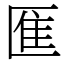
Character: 龨